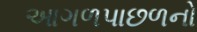
આગળપાછળનો